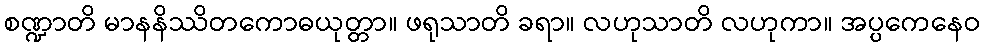
စဏ္ဍာတိ မာနနိဿိတကောဓယုတ္တာ။ ဖရုသာတိ ခရာ။ လဟုသာတိ လဟုကာ။ အပ္ပကေနေဝ